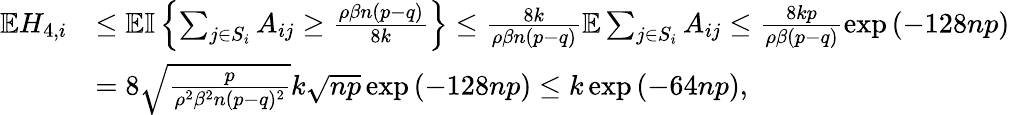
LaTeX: \begin{array}{rl}{\mathbb{E}H_{4,i}}&{\leq\mathbb{E}{\mathbb{I}\left\{ {\sum_{j\in S_{i}}A_{ij}\geq\frac{\rho\beta n(p-q)}{8k}}\right\} }\leq\frac{8k}{\rho\beta n(p-q)}\mathbb{E}\sum_{j\in S_{i}}A_{ij}\leq\frac{8kp}{\rho\beta(p-q)}\exp\left(-128np\right)}\\ &{=8\sqrt{\frac{p}{\rho^{2}\beta^{2}n(p-q)^{2}}}k\sqrt{np}\exp\left(-128np\right)\leq k\exp\left(-64np\right),}\end{array}